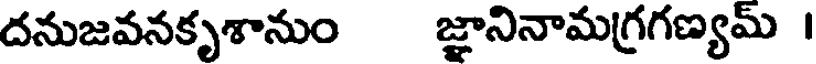
దనుజవనకృశానుం జ్ఞానినామగ్రగణ్యమ్ ।